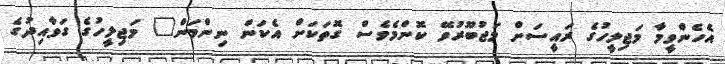
އެހެންވީމާ މަޖިލީހުގެ ރައީސަށް މަޖުބޫރުވޭ ކޮންމެވެސް ގޮތަކަށް އެކަން ނިންމަން" މަޖިލީހުގެ ގަވާއިދުގެ